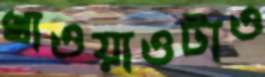
খাওয়াওটাও